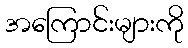
အကြောင်းများကို